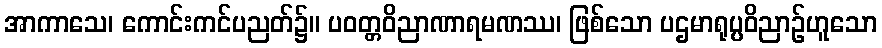
အာကာသေ၊ ကောင်းကင်ပညတ်၌။ ပဝတ္တဝိညာဏာရမဏဿ၊ ဖြစ်သော ပဌမာရုပ္ပဝိညာဉ်ဟူသော